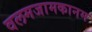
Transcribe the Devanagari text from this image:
वलमजामकानम